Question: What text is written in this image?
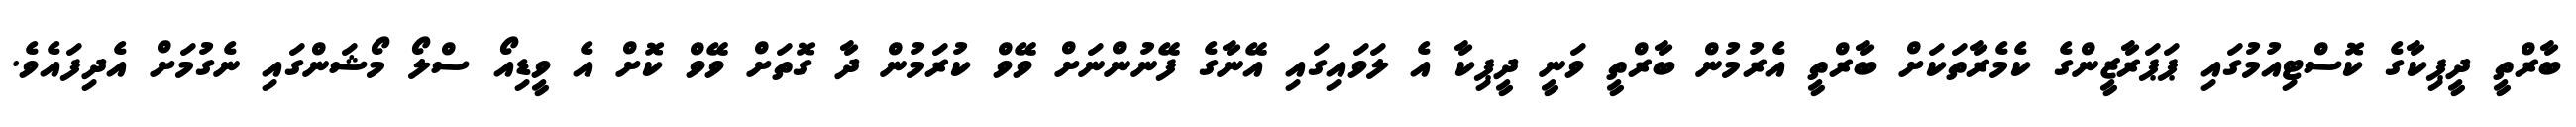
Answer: ބާރްތީ ދީޕިކާގެ ކޮސްޓިއުމުގައި ޕަޕަރާޒީންގެ ކެމެރާތަކަށް ބާރްތީ އެރުމުން ބާރްތީ ވަނީ ދީޕިކާ އެ ލަވައިގައި އޭނާގެ ފޭނުންނަށް ވޭވް ކުރަމުން ދާ ގޮތަށް ވޭވް ކޮށް އެ ވީޑިއޯ ސްލޯ މޯޝަންގައި ނެގުމަށް އެދިފައެވެ.